Vaccination in Bombay 1869-1873 - 1869-1873
Year: 1869
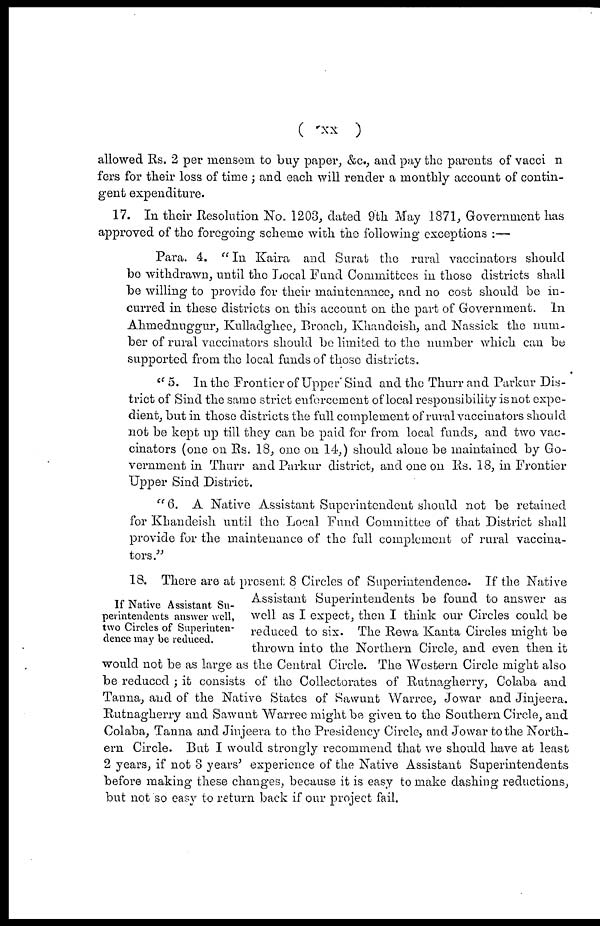
( xx )
allowed Rs. 2 per mensem to buy paper, &c., and pay the parents of vacci n
fers for their loss of time ; and each will render a monthly account of contin-
gent expenditure.
17. In their Resolution No. 1203, dated 9th May 1871, Government has
approved of the foregoing scheme with the following exceptions :—
Para. 4. "In Kaira and Surat the rural vaccinators should
be withdrawn, until the Local Fund Committees in those districts shall
be willing to provide for their maintenance, and no cost should be in-
curred in these districts on this account on the part of Government. In
Ahmednuggur, Kulladghee, Broach, Khandeish, and Nassick the num-
ber of rural vaccinators should be limited to the number which can be
supported from the local funds of those districts.
" 5. In the Frontier of Upper Sind and the Thurr and Parkur Dis-
trict of Sind the same strict enforcement of local responsibility is not expe-
dient, but in those districts the full complement of rural vaccinators should
not be kept up till they can be paid for from local funds, and two vac-
cinators (one on Rs. 18, one on 14,) should alone be maintained by Go-
vernment in Thurr and Parkur district, and one on Rs. 18, in Frontier
Upper Sind District.
" 6. A Native Assistant Superintendent should not be retained
for Khandeish until the Local Fund Committee of that District shall
provide for the maintenance of the full complement of rural vaccina-
tors."
If Native Assistant Su-
perintendents answer well,
two Circles of Superinten-
dence may be reduced.
18. There are at present 8 Circles of Superintendence. If the Native
Assistant Superintendents be found to answer as
well as I expect, then I think our Circles could be
reduced to six. The Rewa Kanta Circles might be
thrown into the Northern Circle, and even then it
would not be as large as the Central Circle. The Western Circle might also
be reduced ; it consists of the Collectorates of Rutnagherry, Colaba and
Tanna, and of the Native States of Sawunt Warree, Jowar and Jinjeera.
Rutnagherry and Sawunt Warree might be given to the Southern Circle, and
Colaba, Tanna and Jinjeera to the Presidency Circle, and Jowar to the North-
ern Circle. But I would strongly recommend that we should have at least
2 years, if not 3 years' experience of the Native Assistant Superintendents
before making these changes, because it is easy to make dashing reductions,
but not so easy to return back if our project fail.